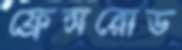
ফ্রেন্সরোড